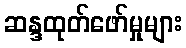
ဆန္ဒထုတ်ဖော်မှုများ